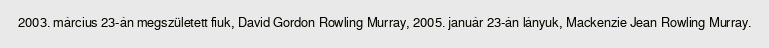
2003. március 23-án megszületett fiuk, David Gordon Rowling Murray, 2005. január 23-án lányuk, Mackenzie Jean Rowling Murray.